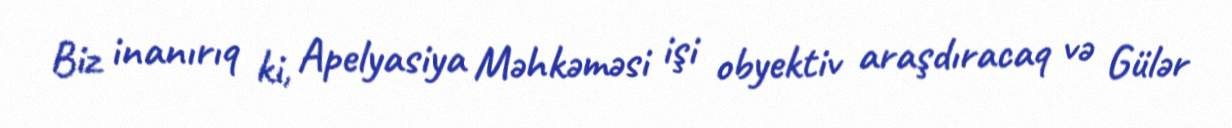
Biz inanırıq ki, Apelyasiya Məhkəməsi işi obyektiv araşdıracaq və Gülər